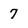
Character: 7